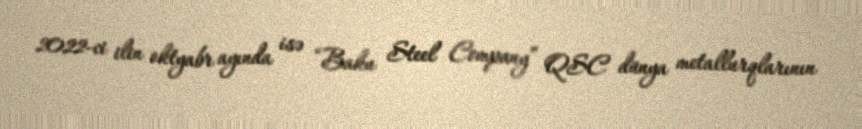
2022-ci ilin oktyabr ayında isə “Baku Steel Company” QSC dünya metallurqlarının